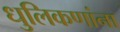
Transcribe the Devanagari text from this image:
धुलिकणांना